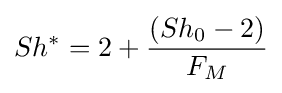
Sh^{*}=2+{\frac {\left(Sh_{0}-2\right)}{F_{M}}}